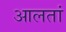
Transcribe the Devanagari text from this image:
आलतां